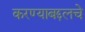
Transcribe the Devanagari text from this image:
करण्याबद्दलचे